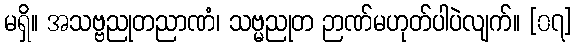
မရှိ။ အသဗ္ဗညုတညာဏံ၊ သဗ္မညုတ ဉာဏ်မဟုတ်ပါပဲလျက်။ [၀၇]